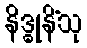
နိဒ္ဓုနိံသု